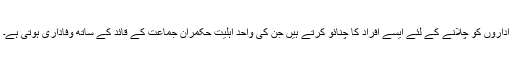
اداروں کو چلانے کے لئے ایسے افراد کا چنائو کرتے ہیں جن کی واحد اہلیت حکمران جماعت کے قائد کے ساتھ وفاداری ہوتی ہے۔